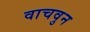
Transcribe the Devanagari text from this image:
वाचवुन